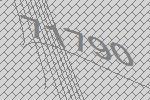
71790